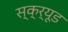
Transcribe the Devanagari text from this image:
स्क्र्यूड